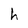
Character: h